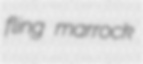
fling marrock